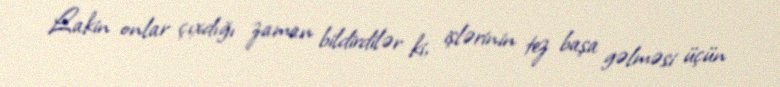
Lakin onlar çıxdığı zaman bildirdilər ki, işlərinin tez başa gəlməsi üçün